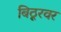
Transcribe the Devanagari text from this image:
बिठूरवर